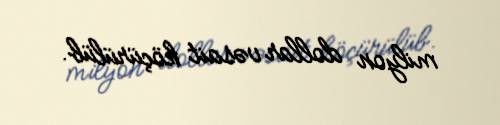
milyon dollar vəsait köçürülüb.